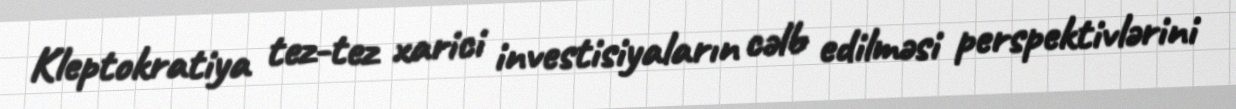
Kleptokratiya tez-tez xarici investisiyaların cəlb edilməsi perspektivlərini